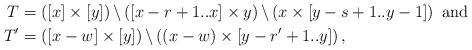
LaTeX: \begin{align*} T&=\left([x]\times [y]\right) \backslash \left( [x-r+1..x] \times y \right) \backslash \left( x \times [y-s+1..y-1] \right) \mbox{ and}\\ T'&=\left([x-w]\times [y]\right) \backslash \left( (x-w) \times [y-r'+1..y] \right) , \end{align*}